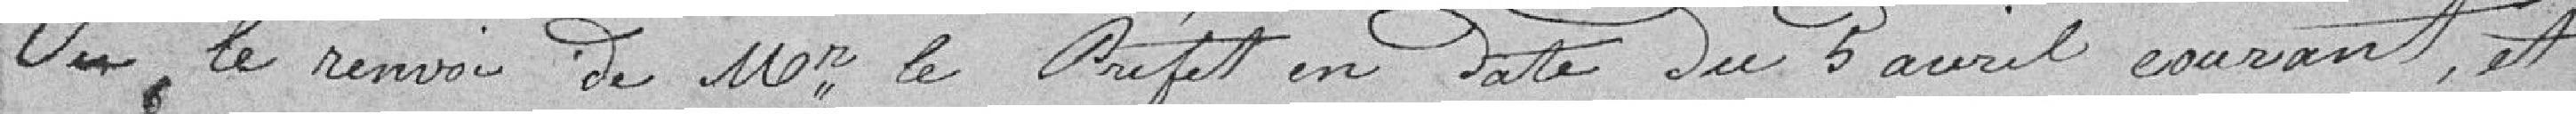
Vu le renvoi de Mr. le Préfet en date du 5 avril courant, et